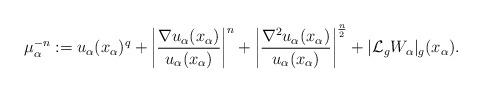
LaTeX: \begin{align*}\mu_\alpha^{-n}:=u_\alpha(x_\alpha)^q+\left\vert\frac{\nabla u_\alpha(x_\alpha)}{u_\alpha(x_\alpha)}\right\vert^n+\left\vert\frac{\nabla^2u_\alpha(x_\alpha)}{u_\alpha(x_\alpha)}\right\vert^\frac{n}{2}+\vert\mathcal{L}_g W_\alpha\vert_g(x_\alpha).\end{align*}